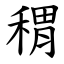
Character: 稩